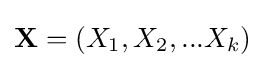
\mathbf {X} =(X_{1},X_{2},...X_{k})